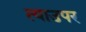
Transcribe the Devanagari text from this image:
त्याउपर